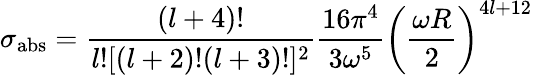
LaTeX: \sigma_{\mathrm{abs}}=\frac{(l+4)!}{l![(l+2)!(l+3)!]^{2}}\frac{16\pi^{4}}{3\omega^{5}}\left(\frac{\omega R}{2}\right)^{4l+12}